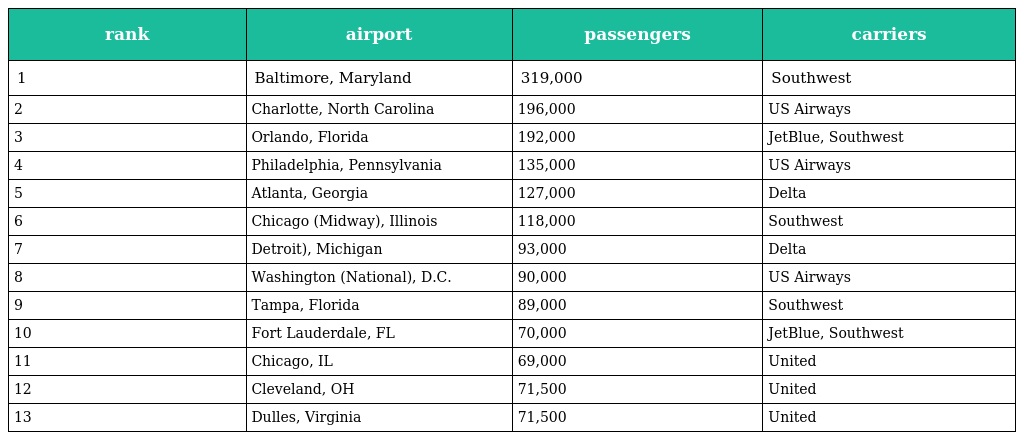
| rank | airport | passengers | carriers |
 | --- | --- | --- | --- |
 | 1 | Baltimore, Maryland | 319,000 | Southwest |
 | 2 | Charlotte, North Carolina | 196,000 | US Airways |
 | 3 | Orlando, Florida | 192,000 | JetBlue, Southwest |
 | 4 | Philadelphia, Pennsylvania | 135,000 | US Airways |
 | 5 | Atlanta, Georgia | 127,000 | Delta |
 | 6 | Chicago (Midway), Illinois | 118,000 | Southwest |
 | 7 | Detroit), Michigan | 93,000 | Delta |
 | 8 | Washington (National), D.C. | 90,000 | US Airways |
 | 9 | Tampa, Florida | 89,000 | Southwest |
 | 10 | Fort Lauderdale, FL | 70,000 | JetBlue, Southwest |
 | 11 | Chicago, IL | 69,000 | United |
 | 12 | Cleveland, OH | 71,500 | United |
 | 13 | Dulles, Virginia | 71,500 | United |